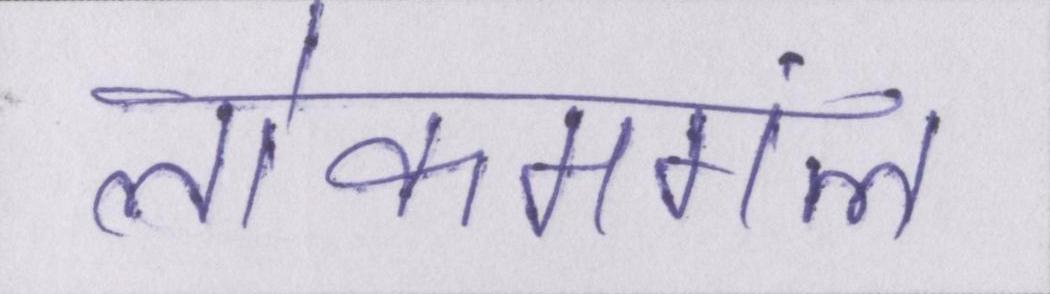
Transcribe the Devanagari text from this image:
लोकमंगल